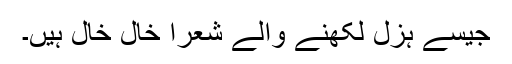
جیسے ہزل لکھنے والے شعرا خال خال ہیں۔